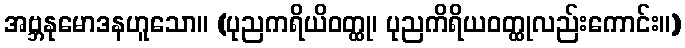
အဗ္ဘနုမောဒနဟူသော။ (ပုညကရိယိဝတ္ထု၊ ပုညကိရိယဝတ္ထုလည်းကောင်း။)